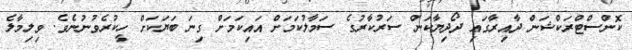
ކޮންސްޓްރަކްޝަން ދާއިރާގައި ދޯދިޔާކަން ސަރުކާރުގެ ސަމާލުކަމަށް އައިކަމަށް ގިނަ ބަޔަކަށް ހީކުރެވުނުނެވެ. ވިލިމާލެ